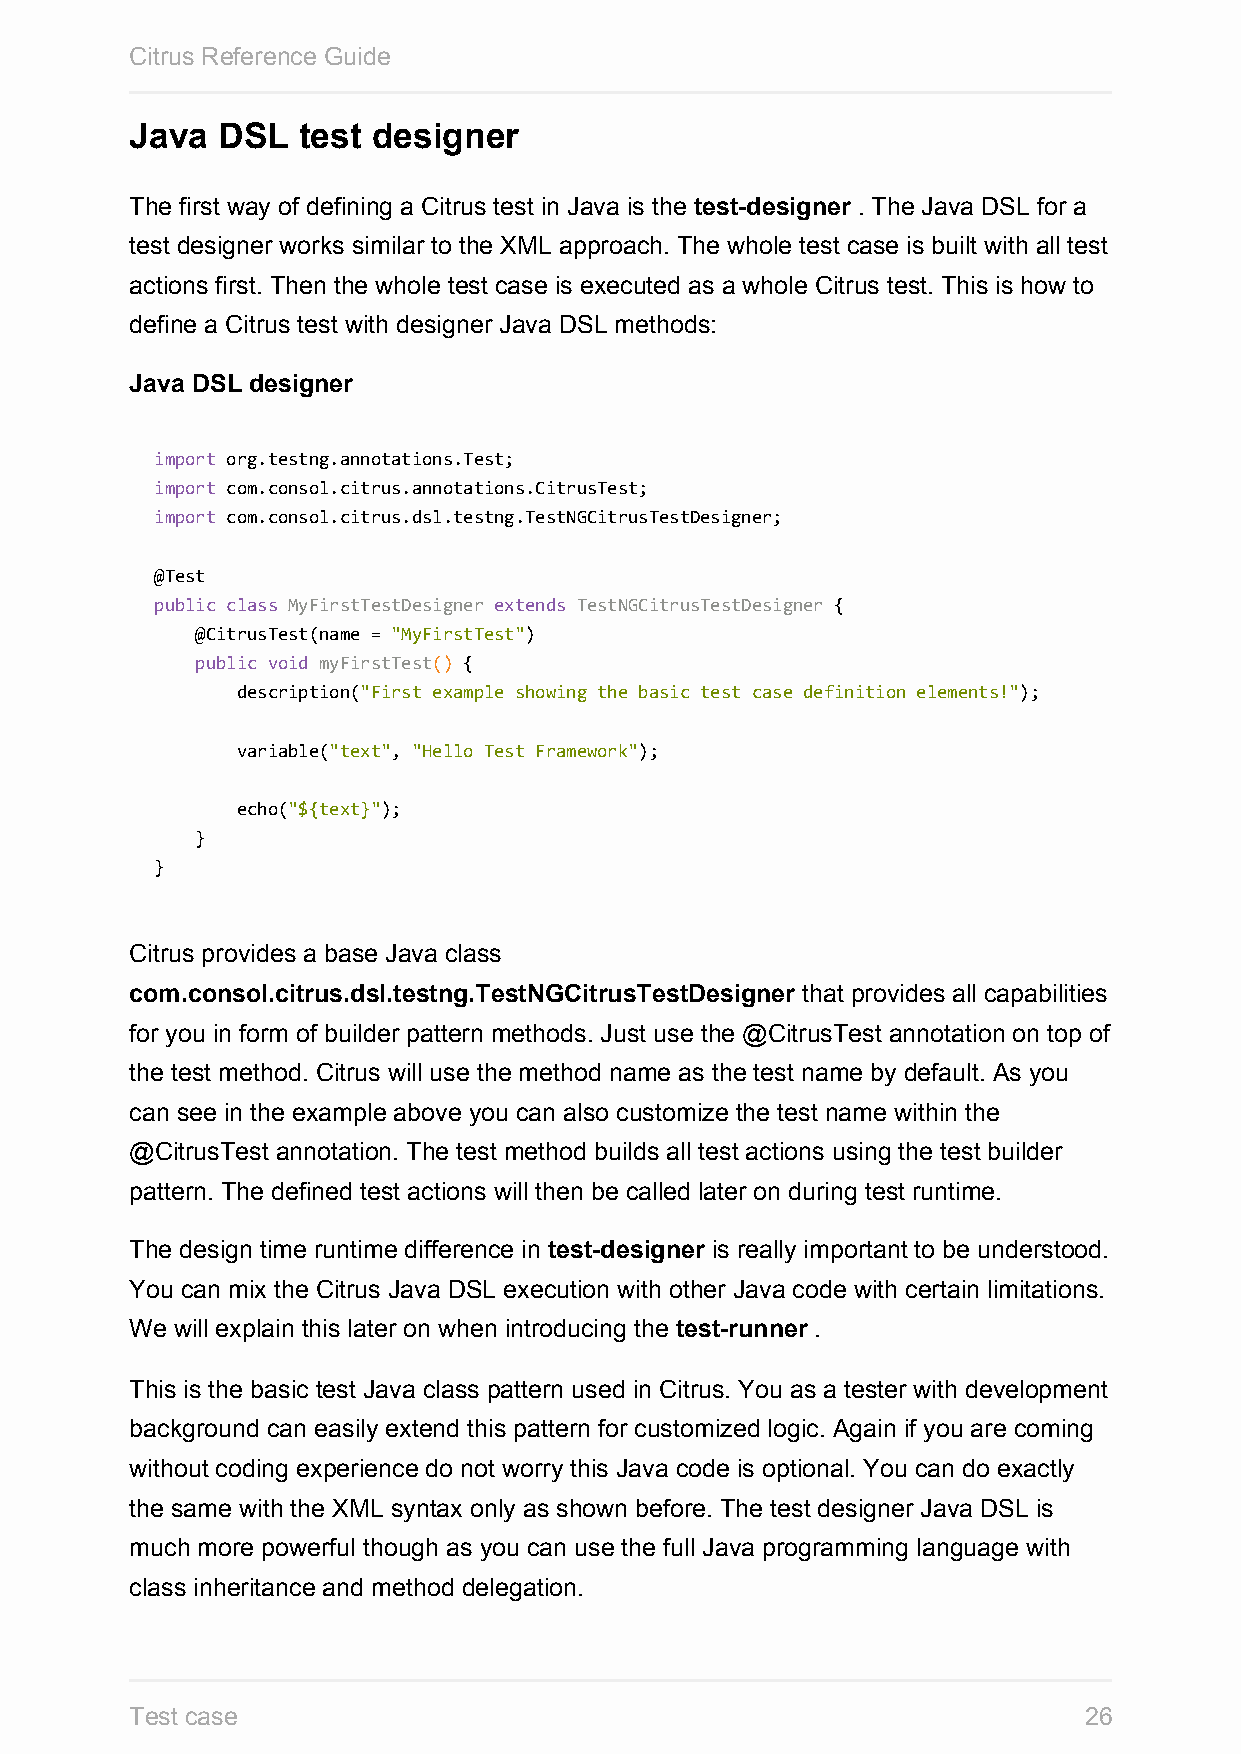
Citrus Reference Guide
 Java DSL   test designer
 The first way of defining a Citrus test in Java is the test-designer . The Java DSL for a
 test designer works similar to the XML approach. The whole test case is built with all test
 actions first. Then the whole test case is executed as a whole Citrus test. This is how to
 define a Citrus test with designer Java DSL methods:
 Java DSL designer
 import org.testng.annotations.Test;
 import com.consol.citrus.annotations.CitrusTest;
 import com.consol.citrus.dsl.testng.TestNGCitrusTestDesigner;
 @Test
 public class MyFirstTestDesigner extends TestNGCitrusTestDesigner {
 @CitrusTest(name = "MyFirstTest")
 public void myFirstTest() {
 description("First example showing the basic test case definition elements!");
 variable("text", "Hello Test Framework");
 echo("${text}");
 }
 }
 Citrus provides a base Java class
 com.consol.citrus.dsl.testng.TestNGCitrusTestDesigner that provides all capabilities
 for you in form of builder pattern methods. Just use the @CitrusTest annotation on top of
 the test method. Citrus will use the method name as the test name by default. As you
 can see in the example above you can also customize the test name within the
 @CitrusTest annotation. The test method builds all test actions using the test builder
 pattern. The defined test actions will then be called later on during test runtime.
 The design time runtime difference in test-designer is really important to be understood.
 You can mix the Citrus Java DSL execution with other Java code with certain limitations.
 We will explain this later on when introducing the test-runner .
 This is the basic test Java class pattern used in Citrus. You as a tester with development
 background can easily extend this pattern for customized logic. Again if you are coming
 without coding experience do not worry this Java code is optional. You can do exactly
 the same with the XML syntax only as shown before. The test designer Java DSL is
 much more powerful though as you can use the full Java programming language with
 class inheritance and method delegation.
 Test case                                                      26